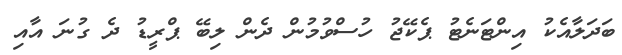
ބަދަލާއެކު އިންޓަނެޓު ޕެކޭޖު ހުސްވުމުން ދެން ލިބޭ ޕްރީޑު ދެ ގުނަ އާއި